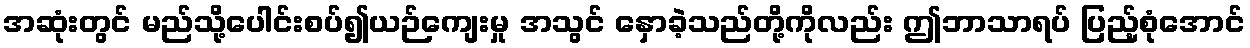
အဆုံးတွင် မည်သို့ပေါင်းစပ်၍ယဉ်ကျေးမှု အသွင် နှောခဲ့သည်တို့ကိုလည်း ဤဘာသာရပ် ပြည့်စုံအောင်